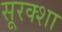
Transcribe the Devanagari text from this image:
सूरक्शा